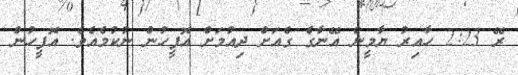
ރޭ 2:23 ހާއިރު ޔާމީން އޭނާގެ ގެއަށް ދިއުމަށް އޮފީހުން ނުކުމެއެވެ. އޮފީހުން